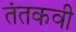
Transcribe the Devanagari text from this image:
तंतकवी